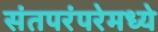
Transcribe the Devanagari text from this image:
संतपरंपरेमध्ये